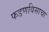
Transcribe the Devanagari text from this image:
फडणविसाचा